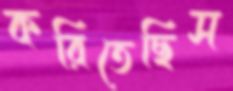
করিতেছিস